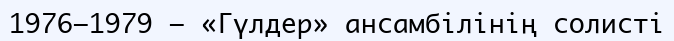
1976—1979 — «Гүлдер» ансамбілінің солисті